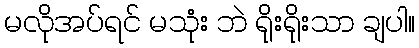
မလိုအပ်ရင် မသုံး ဘဲ ရိုးရိုးသာ ချပါ။